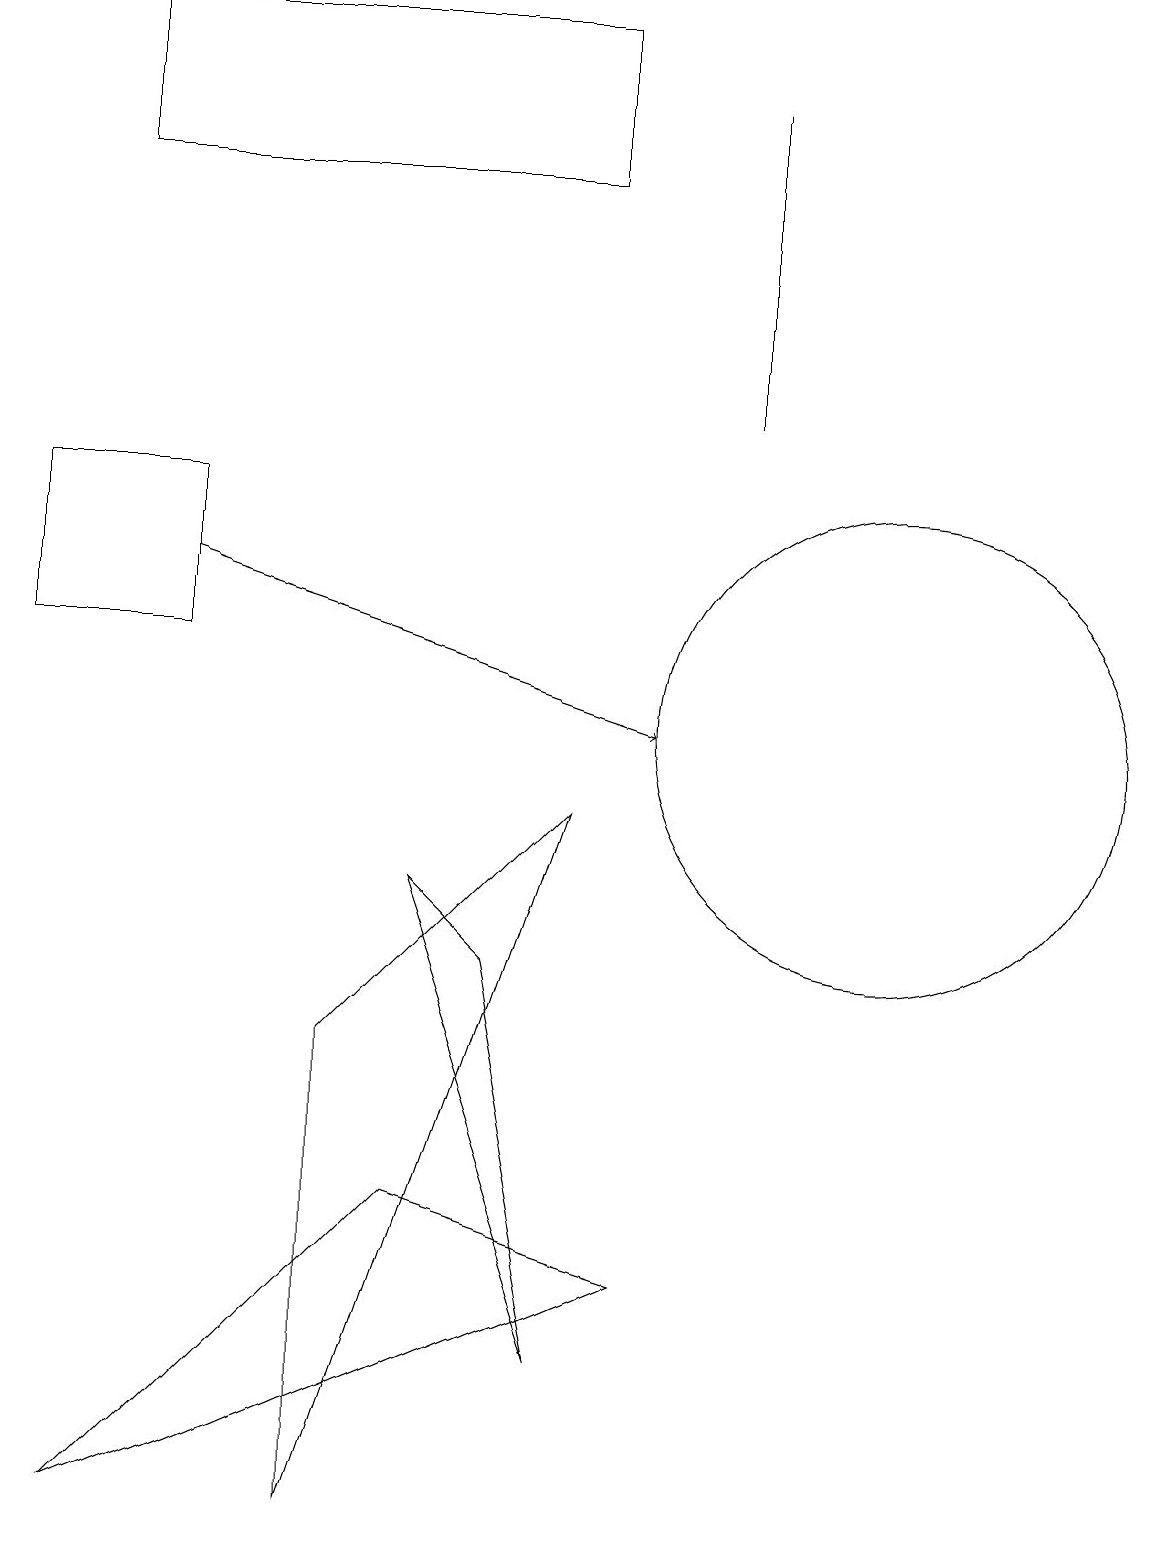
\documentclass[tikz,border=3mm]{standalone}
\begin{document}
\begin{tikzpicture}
\draw (7,19) rectangle (1,17);
\draw[->] (2,12) -- (8,10);
\draw (5,8) -- (6,7) -- (7,2) -- cycle;
\draw (1,0) -- (5,4) -- (8,3) -- cycle;
\draw (11,10) circle (3);
\draw (0,13) rectangle (2,11);
\draw (9,14) rectangle (9,18);
\draw (7,9) -- (4,0) -- (4,6) -- cycle;
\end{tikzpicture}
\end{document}